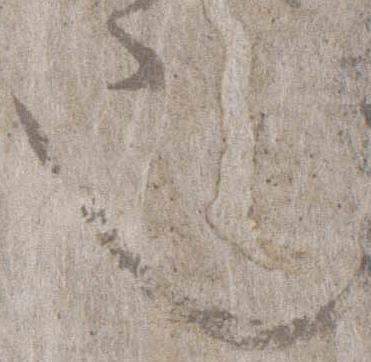
也